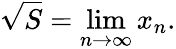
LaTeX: {\sqrt{S}}=\operatorname*{lim}_{n\to\infty}x_{n}.